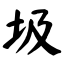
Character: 圾